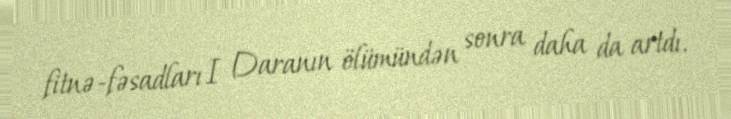
fitnə-fəsadları I Daranın ölümündən sonra daha da artdı.